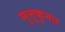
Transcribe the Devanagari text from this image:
मुत्तुकुमार